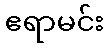
ဧရာမင်း